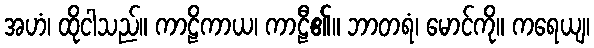
အဟံ၊ ထိုငါသည်။ ကာဠိကာယ၊ ကာဠီ၏။ ဘာတရံ၊ မောင်ကို။ ကရေယျ၊